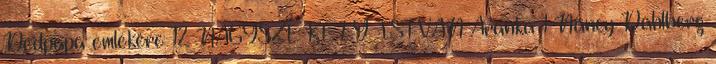
Dédpapa emlékére 12 NAGYSZÉKELY ISTVÁN Aranka 1 Nancy Dahlberg